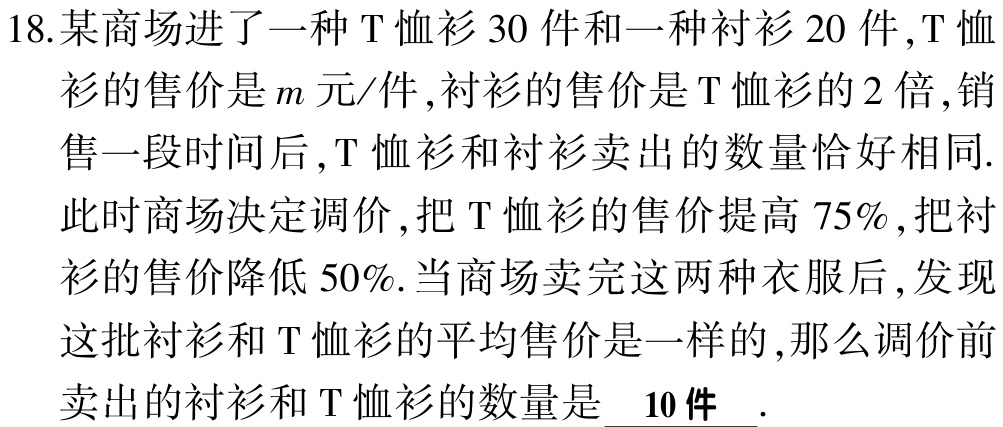
18.某商场进了一种T恤衫30件和一种衬衫20件,T恤衫的售价是\(m\)元/件,衬衫的售价是T恤衫的2倍,销售一段时间后,T恤衫和衬衫卖出的数量恰好相同.此时商场决定调价,把T恤衫的售价提高75%,把衬衫的售价降低50%.当商场卖完这两种衣服后,发现这批衬衫和T恤衫的平均售价是一样的,那么调价前卖出的衬衫和T恤衫的数量是 \(\underline{10件}\) .